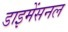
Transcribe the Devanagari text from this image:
डाइमेंसनल